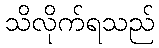
သိလိုက်ရသည်